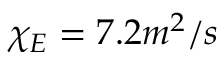
\chi _ { E } = 7 . 2 m ^ { 2 } / s